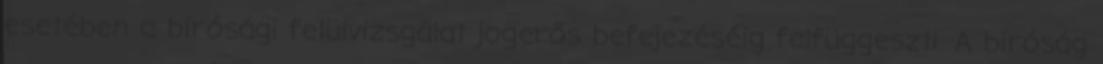
esetében a bírósági felülvizsgálat jogerős befejezéséig felfüggeszti. A bíróság